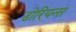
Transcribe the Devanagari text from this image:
डोरियन्स